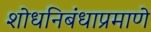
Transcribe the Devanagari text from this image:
शोधनिबंधाप्रमाणे